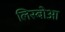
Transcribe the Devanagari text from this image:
लिस्बोआ